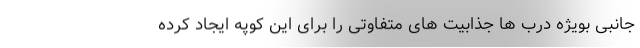
جانبی بویژه درب ها جذابیت های متفاوتی را برای این کوپه ایجاد کرده